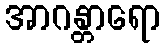
အာဂန္တာရော